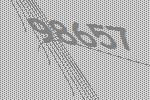
98657